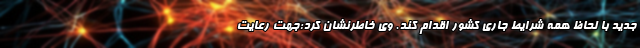
جدید با لحاظ همه شرایط جاری کشور اقدام کند. وی خاطرنشان کرد:‌جهت رعایت